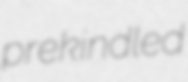
prekindled